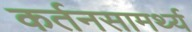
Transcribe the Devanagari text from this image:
कर्तनसामर्थ्य